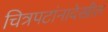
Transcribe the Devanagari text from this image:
चित्रपटांनादेखील